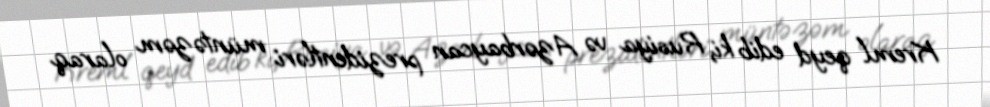
Kreml qeyd edib ki, Rusiya və Azərbaycan prezidentləri müntəzəm olaraq